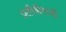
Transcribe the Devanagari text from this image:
प्रतीचीमाजीं